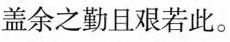
盖余之勤且艰若此。